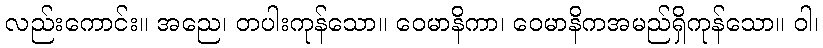
လည်းကောင်း။ အညေ၊ တပါးကုန်သော။ ဝေမာနိကာ၊ ဝေမာနိကအမည်ရှိကုန်သော။ ဝါ၊